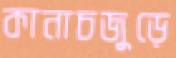
কানাচজুড়ে